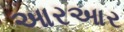
આરઆર